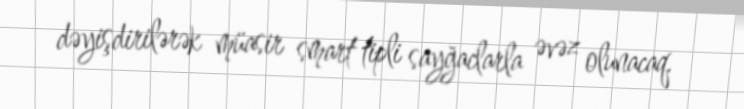
dəyişdirilərək müasir smart tipli sayğaclarla əvəz olunacaq.